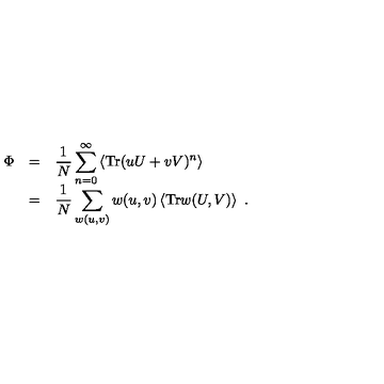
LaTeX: \begin{array} { r c l } { \Phi } & { = } & { \displaystyle \frac { 1 } { N } \sum _ { n = 0 } ^ { \infty } \left\langle \mathrm { T r } ( u U + v V ) ^ { n } \right\rangle } \\ { } & { = } & { \displaystyle \frac { 1 } { N } \sum _ { w ( u , v ) } w ( u , v ) \left\langle \mathrm { T r } w ( U , V ) \right\rangle \ . } \\ \end{array}